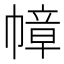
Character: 幛